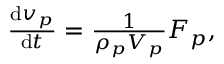
\begin{array} { r } { \frac { \mathrm { d } \boldsymbol { v } _ { p } } { \mathrm { d } t } = \frac { 1 } { \rho _ { p } V _ { p } } \boldsymbol { F } _ { p } , } \end{array}